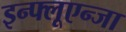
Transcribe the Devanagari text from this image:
इन्फ्लूएन्जा